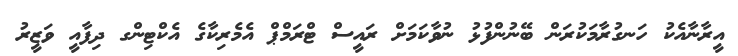
އީރާނާއެކު ހަނގުރާމަކުރަން ބޭނުންފުޅު ނުވާކަމަށް ރައީސް ޓްރަމްޕް އެމެރިކާގެ އެކްޓިންގ ދިފާއީ ވަޒީރު